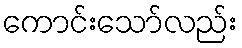
ကောင်းသော်လည်း